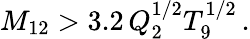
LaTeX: M_{12}>3.2\, Q_{2}^{1/2}T_{9}^{1/2}\, .